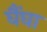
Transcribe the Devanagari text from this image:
घैंघा